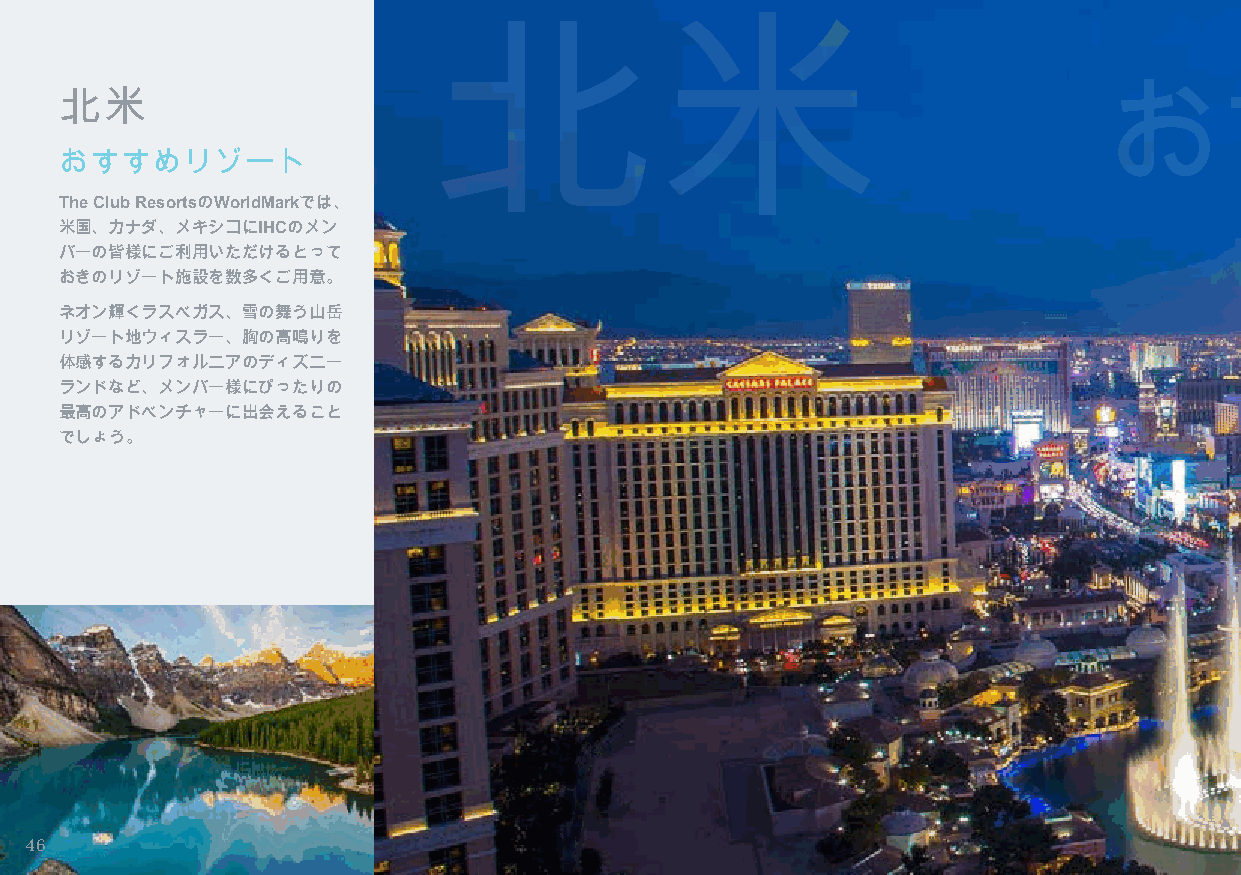
北米
 北米                                                                   おすすめリゾート
 おすすめリゾート
 The Club ResortsのWorldMarkでは、
 米国、カナダ、メキシコにIHCのメン
 バーの皆様にご利用いただけるとって
 おきのリゾート施設を数多くご用意。
 ネオン輝くラスベガス、雪の舞う山岳
 リゾート地ウィスラー、胸の高鳴りを
 体感するカリフォルニアのディズニー
 ランドなど、メンバー様にぴったりの
 最高のアドベンチャーに出会えること
 でしょう。
 46